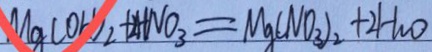
M g ( O H ) _ { 2 } + 2 H N O _ { 3 } = M g ( N O _ { 3 } ) _ { 2 } + 2 H _ { 2 } O